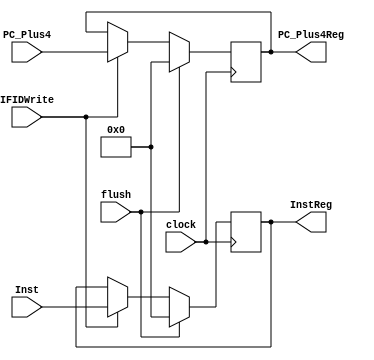
`timescale 1ns / 1ps
//////////////////////////////////////////////////////////////////////////////////
// Company: 
// Engineer: 
// 
// Design Name: 
// Module Name:    IF_ID 
// Project Name: 
// Target Devices: 
// Tool versions: 
// Description: 
//
// Dependencies: 
//
// Revision: 
// Revision 0.01 - File Created
// Additional Comments: 
//
//////////////////////////////////////////////////////////////////////////////////
module IF_ID(flush,clock,IFIDWrite,PC_Plus4,Inst,InstReg,PC_Plus4Reg); 
    input [31:0] PC_Plus4,Inst; 
    input clock,IFIDWrite,flush; 
    output [31:0] InstReg, PC_Plus4Reg; 
     
    reg [31:0] InstReg, PC_Plus4Reg; 
     
    initial begin 
        InstReg = 0; 
        PC_Plus4Reg = 0; 
    end 
     
    always@(posedge clock) 
    begin 
        if(flush) 
        begin 
           InstReg <= 0; 
           PC_Plus4Reg <=0; 
        end 
        else if(IFIDWrite) 
        begin 
           InstReg <= Inst; 
           PC_Plus4Reg <= PC_Plus4; 
        end 
    end 
 
endmodule